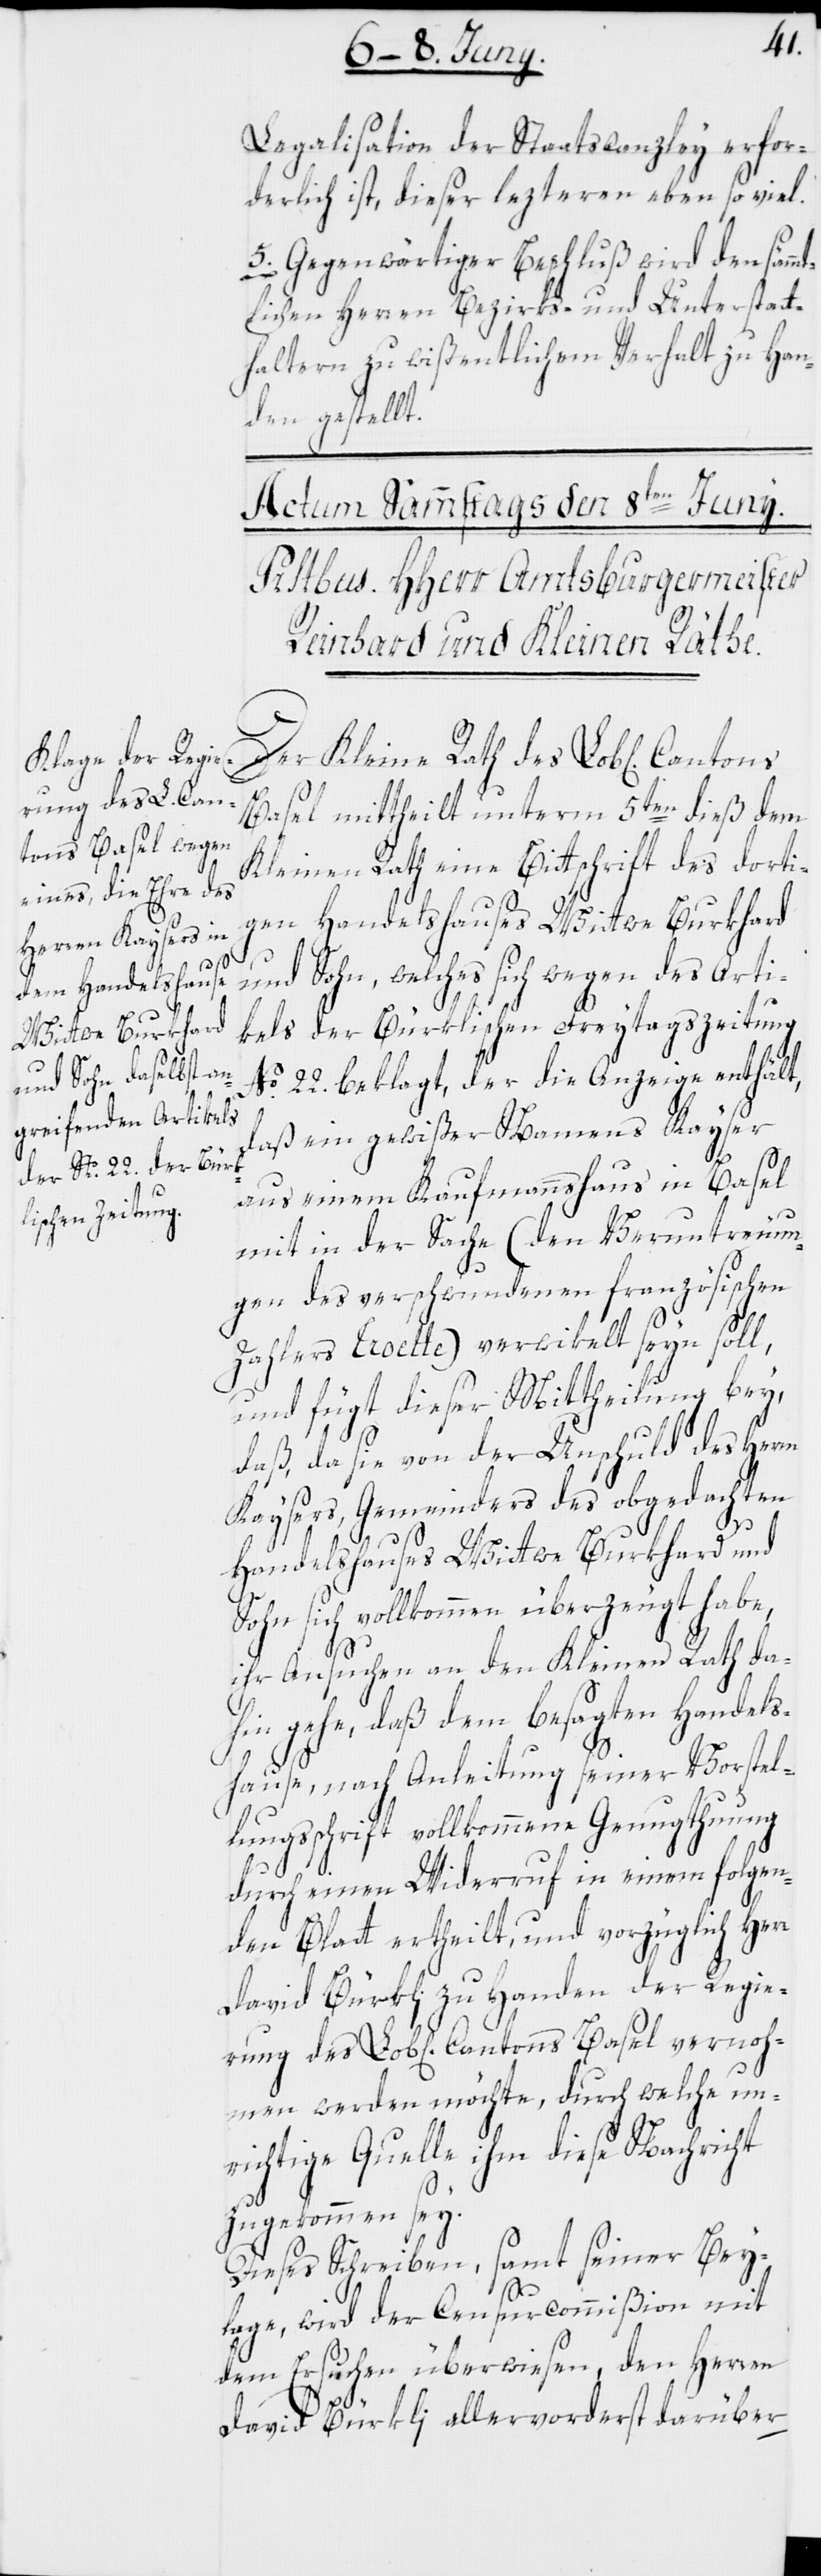
Legalisation der Staatscanzley erfor¬
derlich ist, dieser lezteren eben so viel.
5. Gegenwärtiger Beschluß wird den sämm¬
tlichen Herren Bezirks- und Unterstatt¬
haltern zu wißentlichem Verhalt zu Han¬
den gestellt.
Der Kleine Rath des Lob[lichen]
Basel mittheilt unterm 5ten dieß dem
Kleinen Rath eine Bittschrift des dorti¬
gen Handelshauses Wittwe Burkhard
und Sohn, welches sich wegen des Arti¬
kels der Bürklischen Freytagszeitung
No. 22. beklagt, der die Anzeige enthält,
daß ein gewißer Namens Kayser
aus einem Kaufmannshaus in Basel
mit in der Sache (den Veruntreuun¬
gen des verschwundenen französischen
Zahlers Croette) verwikelt seyn soll,
und fügt dieser Mittheilung bey,
daß, da sie von der Unschuld des Herrn
Kaysers, Gemeinders des obgedachten
Handelshauses Wittwe Burkhard und
Sohn sich vollkommen überzeugt habe,
ihr Ansuchen an den Kleinen Rath da¬
hin gehe, daß dem besagten Handels¬
hause, nach Anleitung seiner Vorstel¬
lungsschrift vollkommene Genugthuung
durch einen Widerruf in einem folgen¬
den Blatt ertheilt, und vorzüglich Herr
David Bürkli zu Handen der Regie¬
rung des Lob[lichen] Cantons Basel vernoh¬
men werden möchte, durch welche un¬
richtige Quelle ihm diese Nachricht
zugekommen sey.
Dieses Schreiben, samt seiner Bey¬
lage, wird der Censurcommißion mit
dem Ersuchen überwiesen, den Herren
David Bürkli allervorderst darüber